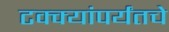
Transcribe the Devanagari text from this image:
टक्क्यांपर्यंतचे